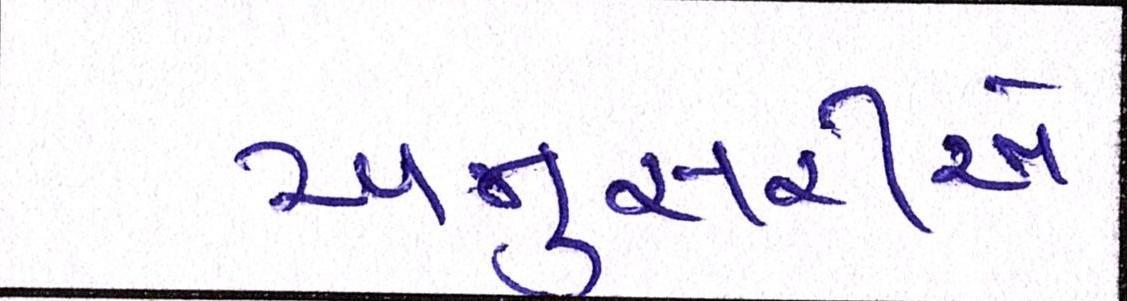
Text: અનુસરીએ